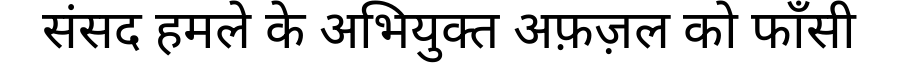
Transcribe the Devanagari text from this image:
संसद हमले के अभियुक्त अफ़ज़ल को फाँसी